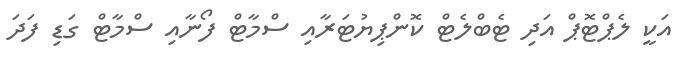
އަކީ ލެޕްޓޮޕް އަދި ޓެބްލެޓް ކޮންޕިޔުޓަރާއި ސްމާޓް ފޯނާއި ސްމާޓް ގަޑި ފަދަ